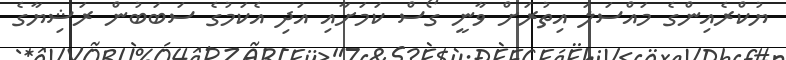
ޔުކްރެއިންގެ މައްސަލަ އިތުރަށް ވާނީ ގޯސް ކަމަށާއި އަދި އެކަމުގެ ސަބަބުން ރަޝިޔާގެ